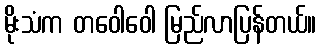
မိုးသံက တဝေါဝေါ မြည်လာပြန်တယ်။